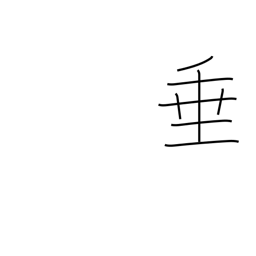
Meaning: droop